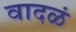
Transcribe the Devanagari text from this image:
वादळं